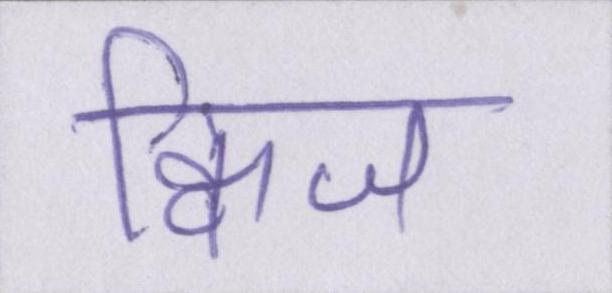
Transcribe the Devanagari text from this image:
क्विज